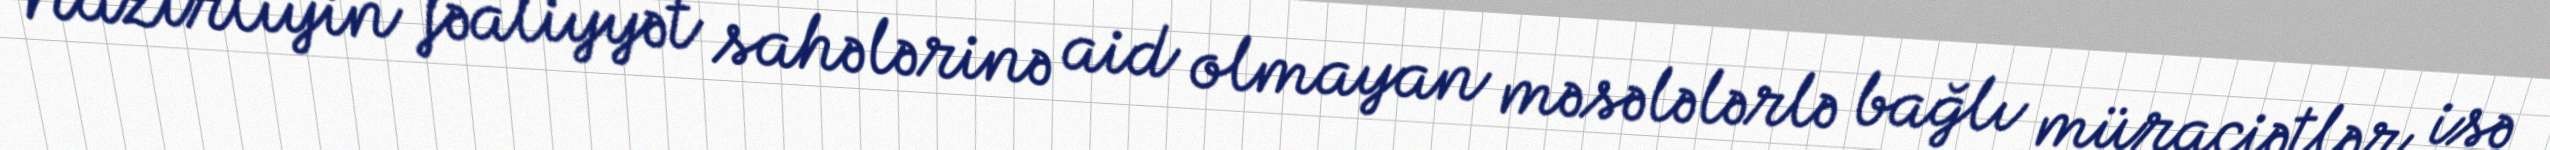
Nazirliyin fəaliyyət sahələrinə aid olmayan məsələlərlə bağlı müraciətlər isə